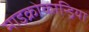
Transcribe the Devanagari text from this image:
माइक्रोकान्ड्रिया